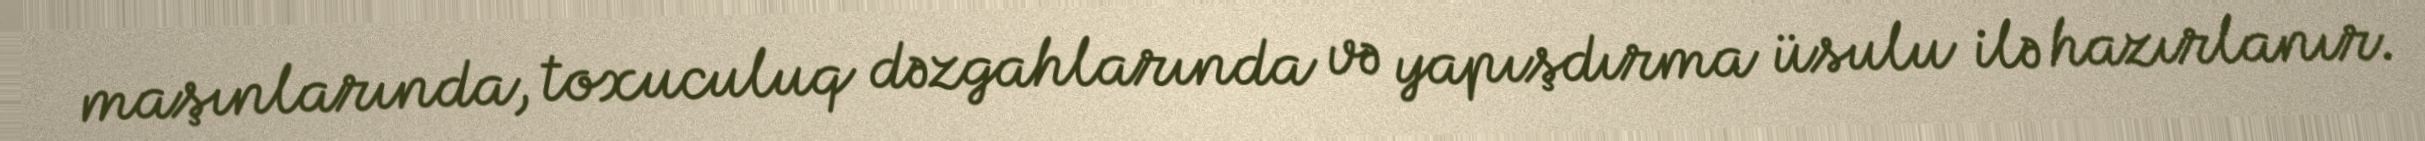
maşınlarında, toxuculuq dəzgahlarında və yapışdırma üsulu ilə hazırlanır.